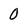
Character: 0